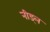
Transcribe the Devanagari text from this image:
नीड्ल